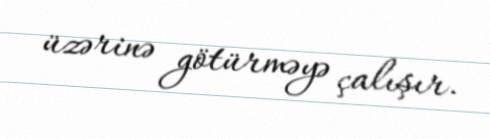
üzərinə götürməyə çalışır.